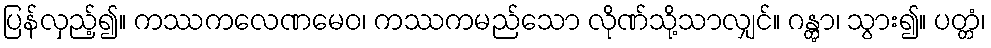
ပြန်လှည့်၍။ ကဿကလေဏမေဝ၊ ကဿကမည်သော လိုဏ်သို့သာလျှင်။ ဂန္တွာ၊ သွား၍။ ပတ္တံ၊